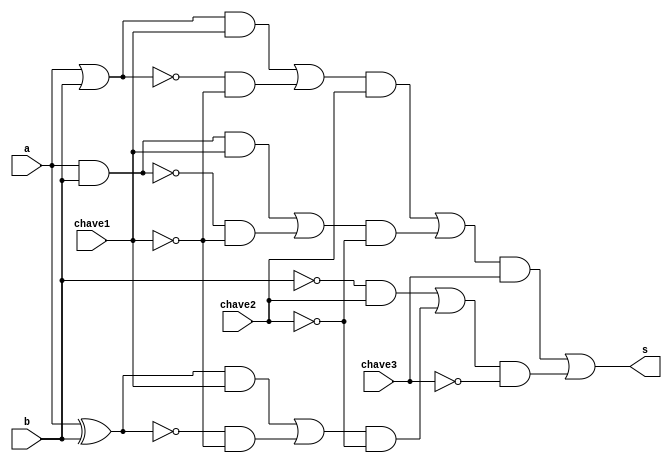
// ------------------------- 
// Exemplo0035 - NAND NOR 
// Nome: Dbora Deslandes de Almeida 
// ------------------------- 
// ------------------------- 
// mult3_gate 
// ------------------------- 
module mult3 (s,a,b,chave1,chave2,chave3);
	input a;
	input b;
	input chave1;
	input chave2;
	input chave3;
	
	output s;
	wire temp1;
	wire temp2;
	wire temp3;
	wire temp4;
	wire temp5;
	wire temp6;
	wire temp7;
	wire temp8;
	wire temp9;
	wire temp10;
	wire temp11;
	wire temp12;
	wire temp13;
	wire temp14;
	wire temp15;
	wire temp16;
	wire temp17;
	wire temp18;
	wire temp19;
	wire temp20;
	wire temp21;
	wire temp22;
	wire temp23;
	
	assign temp1 = a|b;
	assign temp2 = (~(a|b));
	assign temp3 = a&b;
	assign temp4 = (~(a&b));
	assign temp5 = a^b;
	assign temp6 = (~(a^b));
	assign temp7 = temp1 & chave1;
	assign temp8 = temp2 & ~chave1;
	assign temp9 = temp3 & chave1;
	assign temp10 = temp4 & ~chave1;
	assign temp11 = temp5 & chave1;
	assign temp12 = temp6 & ~chave1;
	assign temp13 = temp7|temp8;
	assign temp14 = temp9|temp10;
	assign temp15 = temp11|temp12;
	assign temp16 = temp13 & chave2; 
	assign temp17 = temp14 & ~chave2;
	assign temp18 = ~b & chave2;
	assign temp19 = temp15 & ~chave2;
	assign temp20 = temp16|temp17;
	assign temp21 = temp18|temp19;
	assign temp22 = temp20 & chave3;
	assign temp23 = temp21 & ~chave3;
	assign s = temp22 |temp23;
endmodule
	
// -------------------------
// test module multiplexador
// -------------------------

module testmult3;
	reg a;
	reg b;
	reg chave1;
	reg chave2;
	reg chave3;
	
	wire s;
	
	mult3 banana (s,a,b,chave1,chave2,chave3);
	
	initial begin: main
		$display ("Exemplo 0035 - Dbora  Deslandes de Almeida Batista");
		$display ("Matricula : 451549");
		$display ("Test LU's module ");
		$display ("\n  a	  b	chave1	 chave2	chave3	  s");
		a = 0; b = 0; chave1 = 0; chave2 = 0;chave3 = 0;
		//testes
		$monitor("%3b\t%3b\t%3b\t%3b\t%3b\t%3b",a,b,chave1,chave2,chave3,s);
		 //#1 a = 0; b = 0; chave1 = 0; chave2 = 0;chave3 = 0;
			#1 a = 0; b = 1; chave1 = 0; chave2 = 0;chave3 = 0;
			#1 a = 1; b = 0; chave1 = 0; chave2 = 0;chave3 = 0;
			#1 a = 1; b = 1; chave1 = 0; chave2 = 0;chave3 = 0;
			#1 a = 0; b = 0; chave1 = 1; chave2 = 0;chave3 = 0;
			#1 a = 0; b = 1; chave1 = 1; chave2 = 0;chave3 = 0;
			#1 a = 1; b = 0; chave1 = 1; chave2 = 0;chave3 = 0;
			#1 a = 1; b = 1; chave1 = 1; chave2 = 0;chave3 = 0;
			#1 a = 0; b = 0; chave1 = 0; chave2 = 1;chave3 = 0;
			#1 a = 0; b = 1; chave1 = 0; chave2 = 1;chave3 = 0;
			#1 a = 1; b = 0; chave1 = 0; chave2 = 1;chave3 = 0;
			#1 a = 1; b = 1; chave1 = 0; chave2 = 1;chave3 = 0;
			#1 a = 0; b = 0; chave1 = 1; chave2 = 1;chave3 = 0;
			#1 a = 0; b = 1; chave1 = 1; chave2 = 1;chave3 = 0;
			#1 a = 1; b = 0; chave1 = 1; chave2 = 1;chave3 = 0;
			#1 a = 1; b = 1; chave1 = 1; chave2 = 1;chave3 = 0;
		   #1 a = 0; b = 0; chave1 = 0; chave2 = 0;chave3 = 1;
			#1 a = 0; b = 1; chave1 = 0; chave2 = 0;chave3 = 1;
			#1 a = 1; b = 0; chave1 = 0; chave2 = 0;chave3 = 1;
			#1 a = 1; b = 1; chave1 = 0; chave2 = 0;chave3 = 1;
			#1 a = 0; b = 0; chave1 = 1; chave2 = 0;chave3 = 1;
			#1 a = 0; b = 1; chave1 = 1; chave2 = 0;chave3 = 1;
			#1 a = 1; b = 0; chave1 = 1; chave2 = 0;chave3 = 1;
			#1 a = 1; b = 1; chave1 = 1; chave2 = 0;chave3 = 1;
			#1 a = 0; b = 0; chave1 = 0; chave2 = 1;chave3 = 1;
			#1 a = 0; b = 1; chave1 = 0; chave2 = 1;chave3 = 1;
			#1 a = 1; b = 0; chave1 = 0; chave2 = 1;chave3 = 1;
			#1 a = 1; b = 1; chave1 = 0; chave2 = 1;chave3 = 1;
			#1 a = 0; b = 0; chave1 = 1; chave2 = 1;chave3 = 1;
			#1 a = 0; b = 1; chave1 = 1; chave2 = 1;chave3 = 1;
			#1 a = 1; b = 0; chave1 = 1; chave2 = 1;chave3 = 1;
			#1 a = 1; b = 1; chave1 = 1; chave2 = 1;chave3 = 1;
	end
endmodule